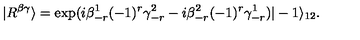
| R ^ { \beta \gamma } \rangle = \exp ( i \beta _ { - r } ^ { 1 } ( - 1 ) ^ { r } \gamma _ { - r } ^ { 2 } - i \beta _ { - r } ^ { 2 } ( - 1 ) ^ { r } \gamma _ { - r } ^ { 1 } ) | - 1 \rangle _ { 1 2 } .